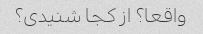
واقعا؟ از کجا شنیدی؟